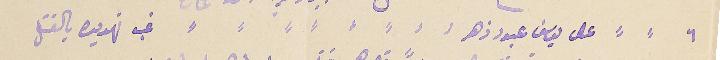
٦ على يوسف عبود زهر غب تهديده بالقتل